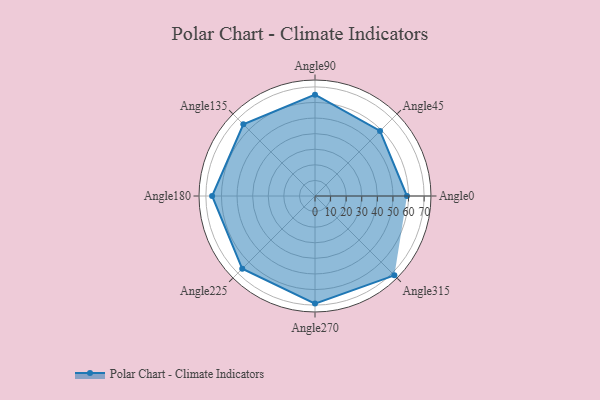
{"axis": {"x": "Angle", "y": "Radius"}, "legend": [""], "data": [{"x": "Angle0", "y": 59.0, "type": ""}, {"x": "Angle45", "y": 59.0, "type": ""}, {"x": "Angle90", "y": 65.0, "type": ""}, {"x": "Angle135", "y": 65.0, "type": ""}, {"x": "Angle180", "y": 66.0, "type": ""}, {"x": "Angle225", "y": 66.0, "type": ""}, {"x": "Angle270", "y": 69.0, "type": ""}, {"x": "Angle315", "y": 72.0, "type": ""}]}